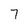
Character: 7